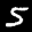
Label: 5